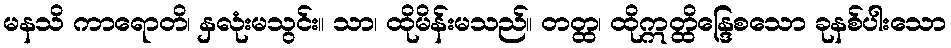
မနသိ ကာရောတိ၊ နှလုံးမသွင်း။ သာ၊ ထိုမိန်းမသည်။ တတ္ထ၊ ထိုဣတ္ထိန္ဒြေစသော ခုနစ်ပါးသော